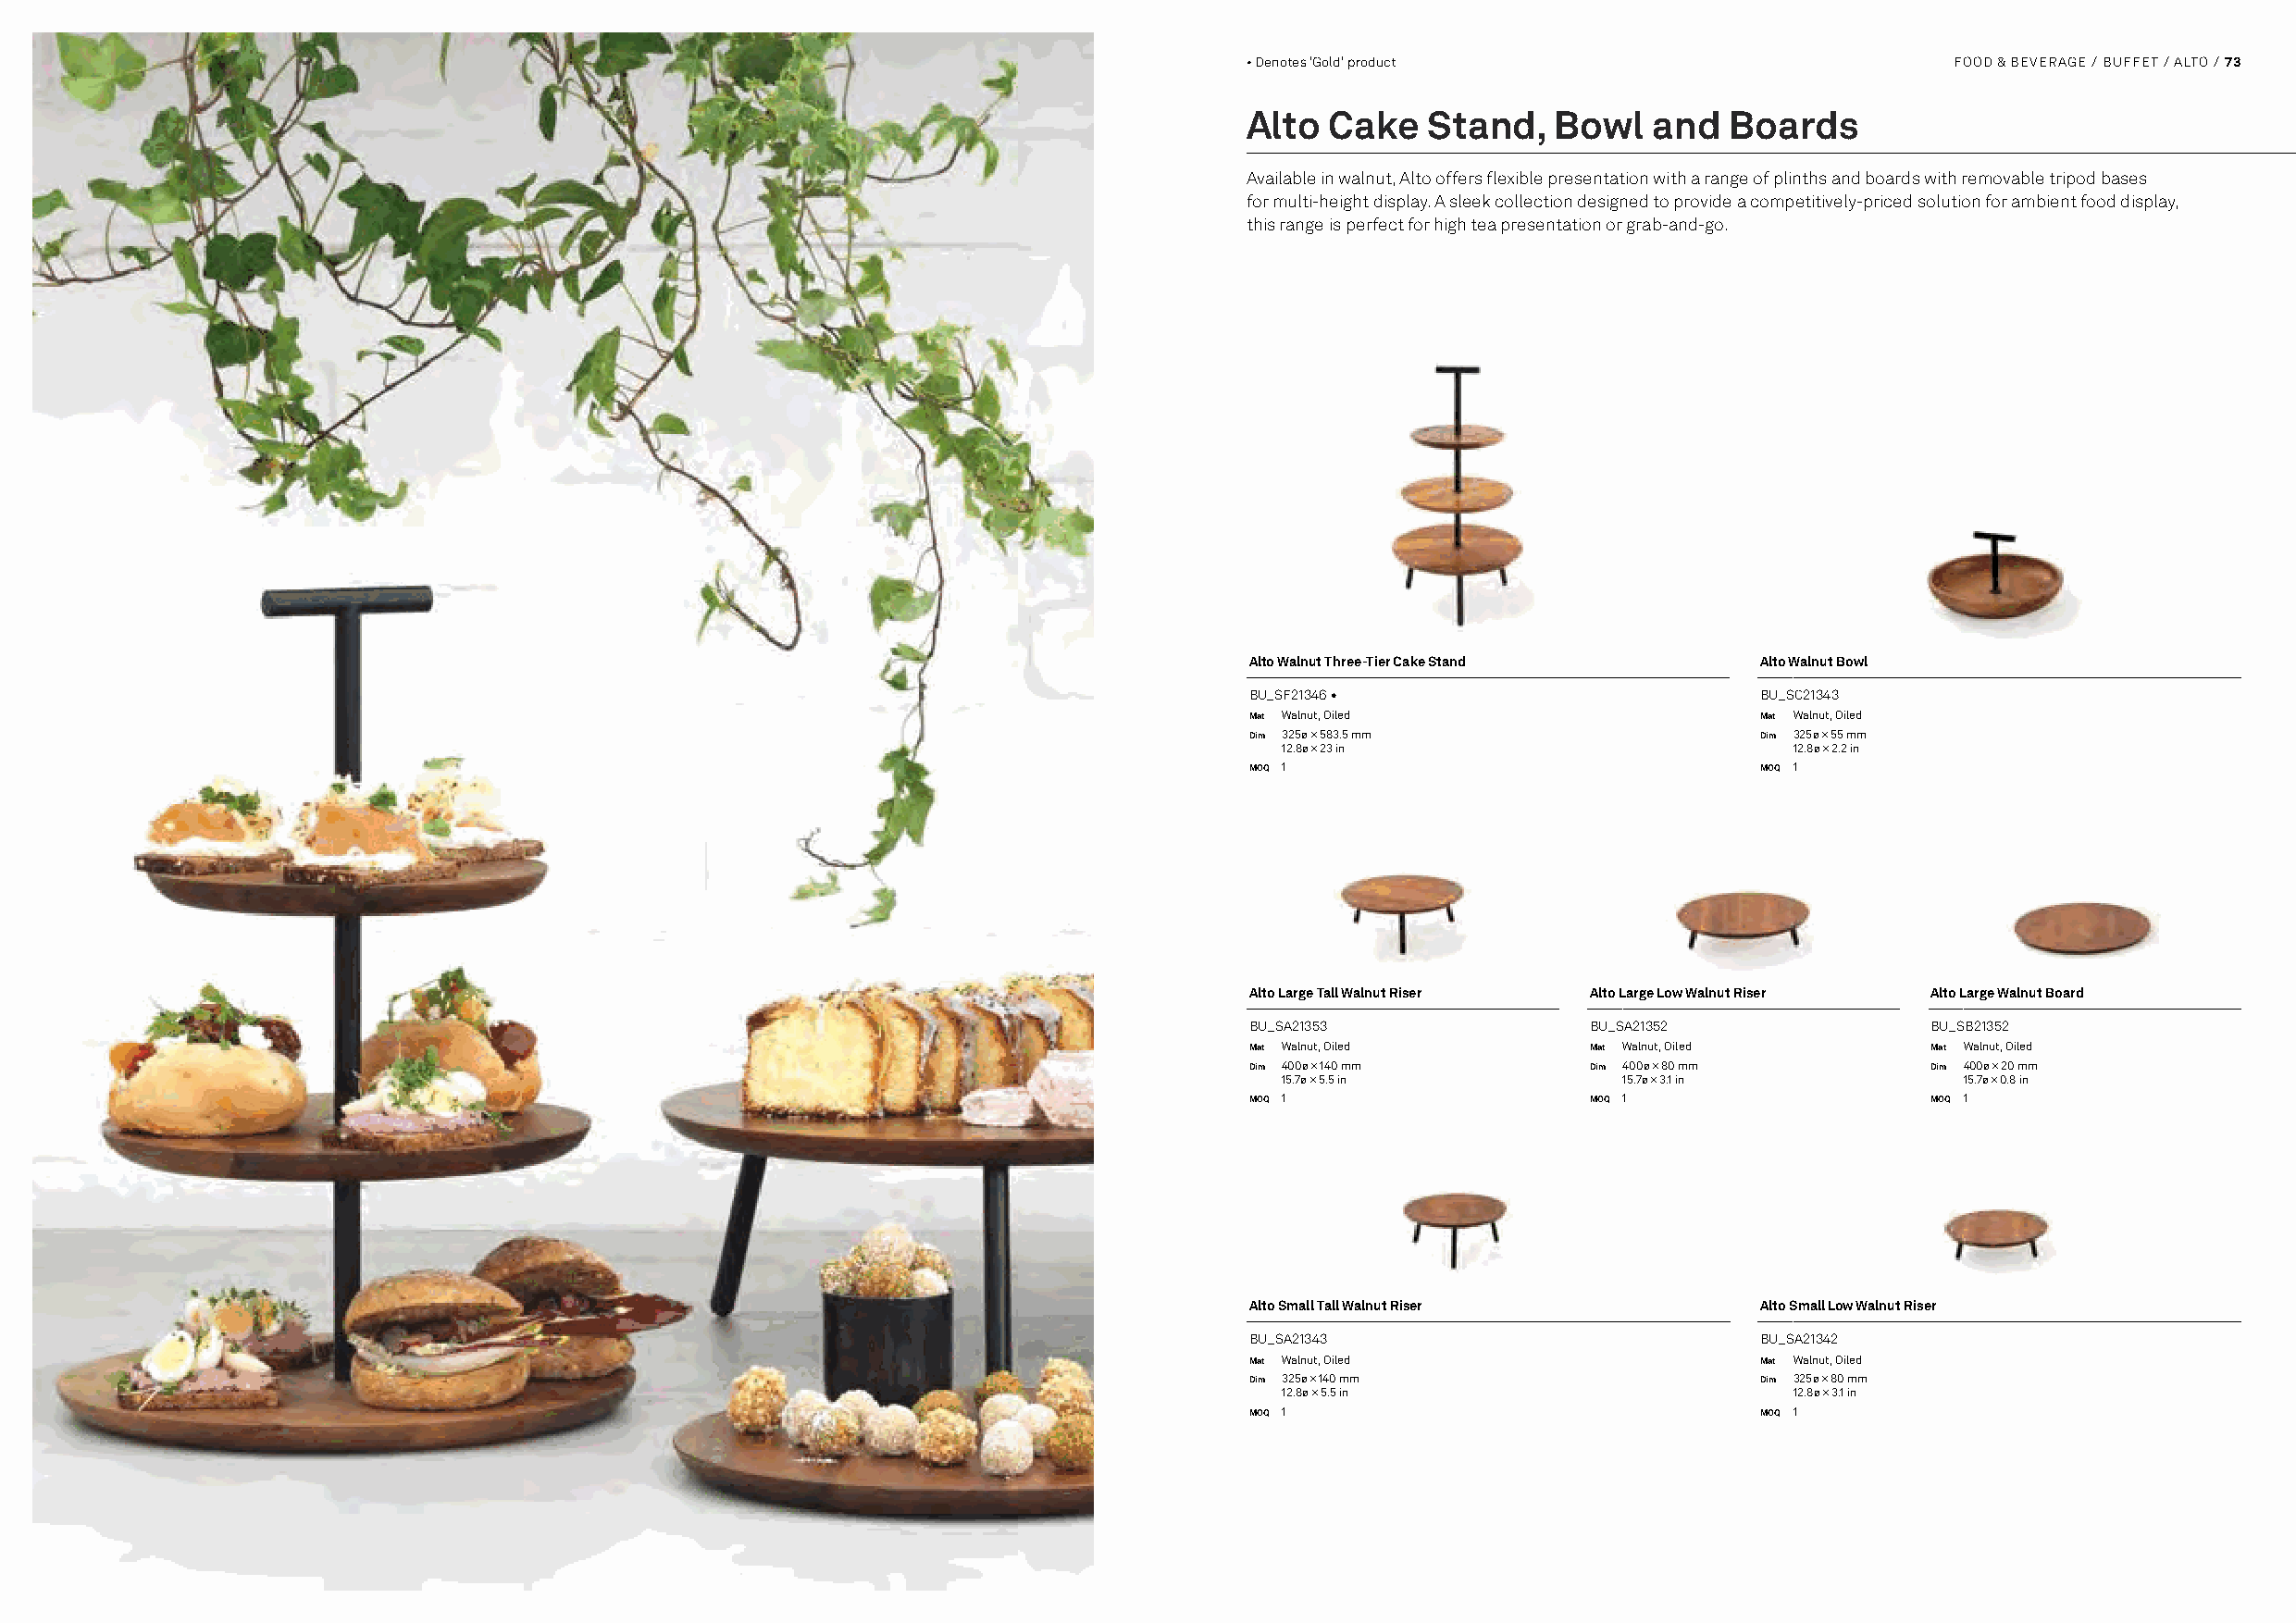
• Denotes 'Gold' product                           FOOD & BEVERAGE / BUFFET / ALTO / 73
 Alto  Cake   Stand,   Bowl   and   Boards
 Available in walnut, Alto offers flexible presentation with a range of plinths and boards with removable tripod bases
 for multi-height display. A sleek collection designed to provide a competitively-priced solution for ambient food display,
 this range is perfect for high tea presentation or grab-and-go.
 Alto Walnut Three-Tier Cake Stand    Alto Walnut Bowl
 BU_SF21346 •                         BU_SC21343
 Mat Walnut, Oiled                    Mat Walnut, Oiled
 Dim 325ø × 583.5 mm                  Dim 325ø × 55 mm
 12.8ø × 23 in                       12.8ø × 2.2 in
 MOQ 1                                MOQ 1
 Alto Large Tall Walnut Riser Alto Large Low Walnut Riser Alto Large Walnut Board
 BU_SA21353               BU_SA21352              BU_SB21352
 Mat Walnut, Oiled        Mat Walnut, Oiled       Mat Walnut, Oiled
 Dim 400ø × 140 mm        Dim 400ø × 80 mm        Dim 400ø × 20 mm
 15.7ø × 5.5 in          15.7ø × 3.1 in          15.7ø × 0.8 in
 MOQ 1                    MOQ 1                   MOQ 1
 Alto Small Tall Walnut Riser         Alto Small Low Walnut Riser
 BU_SA21343                           BU_SA21342
 Mat Walnut, Oiled                    Mat Walnut, Oiled
 Dim 325ø × 140 mm                    Dim 325ø × 80 mm
 12.8ø × 5.5 in                      12.8ø × 3.1 in
 MOQ 1                                MOQ 1